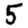
Digit: 5